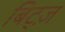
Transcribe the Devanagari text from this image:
बिट्ज़